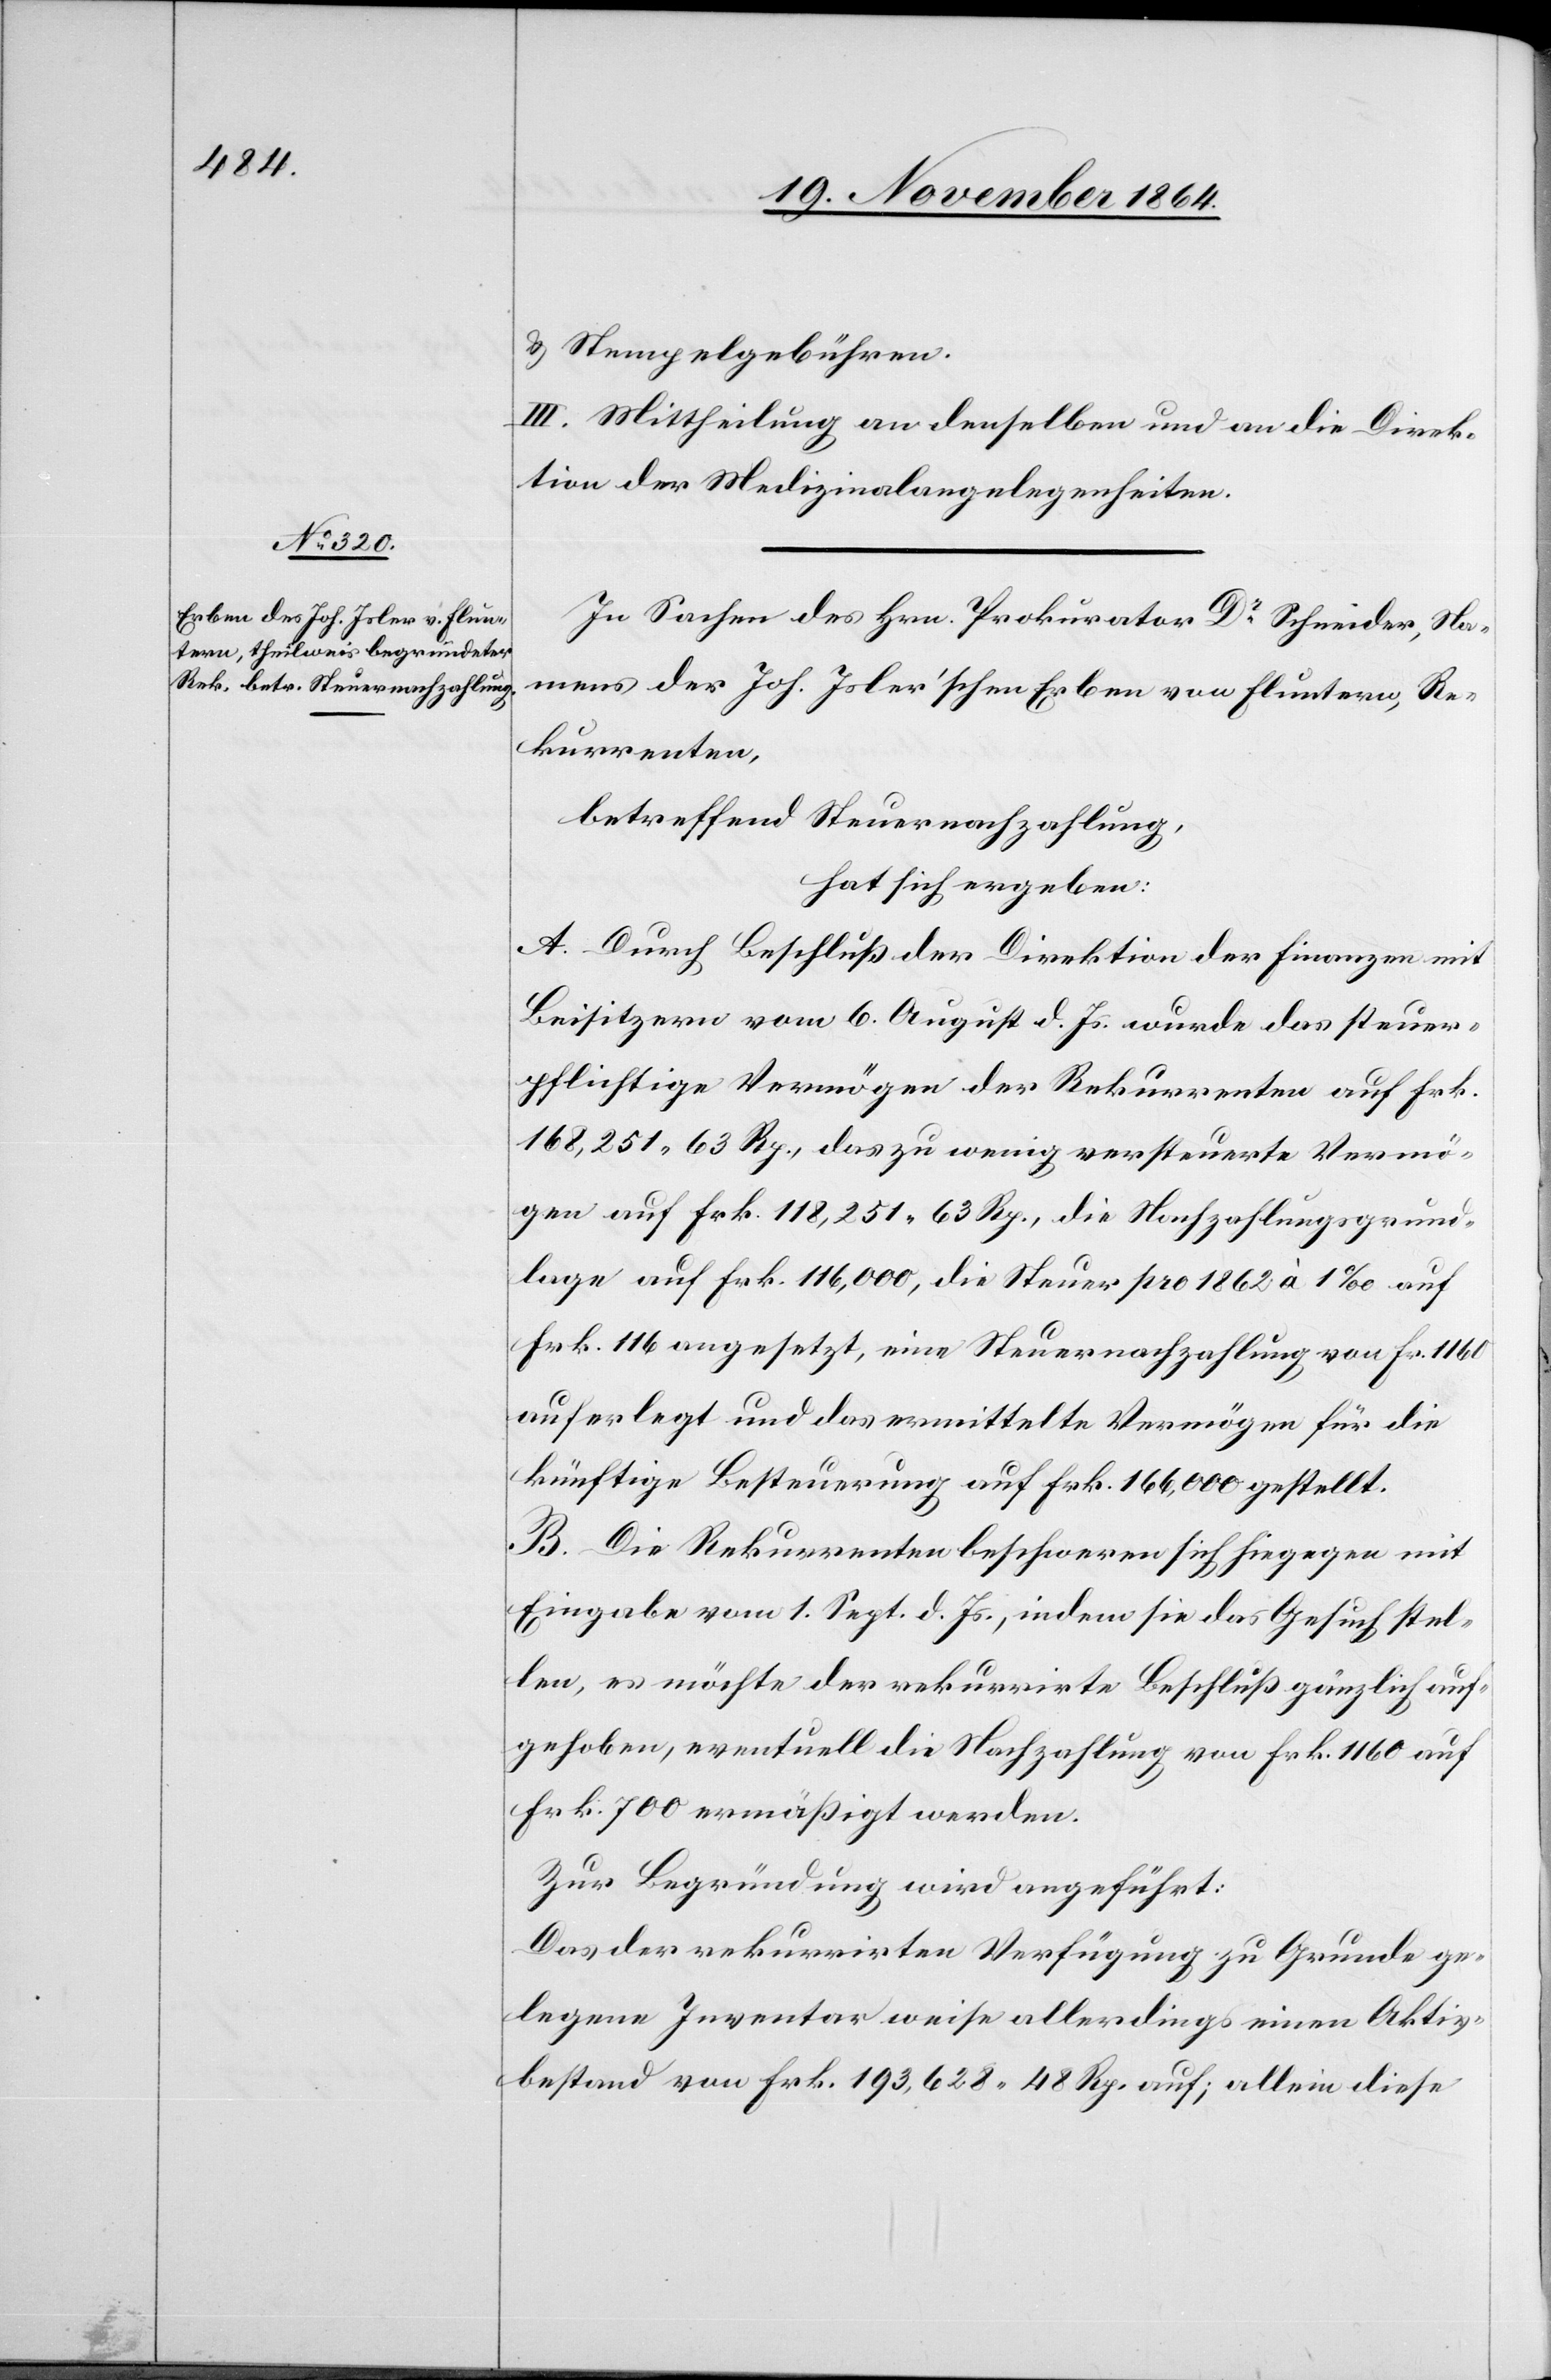
& Stempelgebühren.
III. Mittheilung an denselben und an die Direk¬
tion der Medizinalangelegenheiten.
In Sachen des Hrn. Prokurator Dr Schneider, Na¬
mens der Joh. Isler’schen Erben von Fluntern, Re¬
kurrenten,
betreffend Steuernachzahlung,
hat sich ergeben:
A. Durch Beschluß der Direktion der Finanzen mit
Beisitzern vom 6. August d. Js. wurde das steuer¬
pflichtige Vermögen der Rekurrenten auf Frk.
186,251.63 Rp., das zu wenig versteuerte Vermö¬
gen auf Frk. 118,251.63 Rp., die Nachzahlungsgrund¬
lage auf Frk. 116,000, die Steuer pro 1862 à 1‰ auf
Frk. 116 angesetzt, eine Steuernachzahlung von Fr. 1160
auferlegt und das ermittelte Vermögen für die
künftige Besteurung auf Frk. 166,000 gestellt.
B. Die Rekurrenten beschweren sich hiegegen mit
Eingabe vom 1. Sept. d. Js., indem sie das Gesuch stel¬
len, es möchte der rekurrirte Beschluß gänzlich auf¬
gehoben, eventuell die Nachzahlung von Frk. 1160 auf
Frk. 700 ermäßigt werden.
Zur Begründung wird angeführt:
Das der rekurrirten Verfügung zu Grunde ge¬
legene Inventar weise allerdings einen Aktiv¬
bestand von Frk. 193,628.48 Rp. auf; allein diese